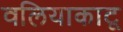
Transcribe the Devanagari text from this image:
वलियाकाटू